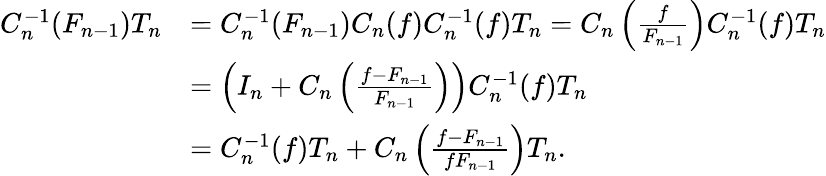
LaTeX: \begin{array}{rl}{C_{n}^{-1}(F_{n-1})T_{n}}&{=C_{n}^{-1}(F_{n-1})C_{n}(f)C_{n}^{-1}(f)T_{n}=C_{n}\left(\frac{f}{F_{n-1}}\right)C_{n}^{-1}(f)T_{n}}\\ &{=\left(I_{n}+C_{n}\left(\frac{f-F_{n-1}}{F_{n-1}}\right)\right)C_{n}^{-1}(f)T_{n}}\\ &{=C_{n}^{-1}(f)T_{n}+C_{n}\left(\frac{f-F_{n-1}}{fF_{n-1}}\right)T_{n}.}\end{array}